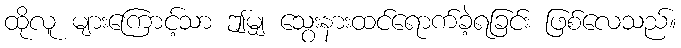
ထိုလူ များကြောင့်သာ ဤမျှ သွေးနားထင်ရောက်ခဲ့ရခြင်း ဖြစ်လေသည်။